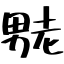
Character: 𫦶